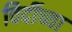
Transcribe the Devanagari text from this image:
विर्दीच्या